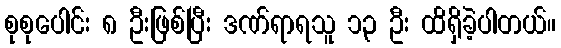
စုစုပေါင်း ၈ ဦးဖြစ်ပြီး ဒဏ်ရာရသူ ၁၃ ဦး ထိရှိခဲ့ပါတယ်။